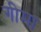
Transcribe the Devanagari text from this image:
गीमा